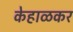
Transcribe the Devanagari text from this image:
केहाळकर